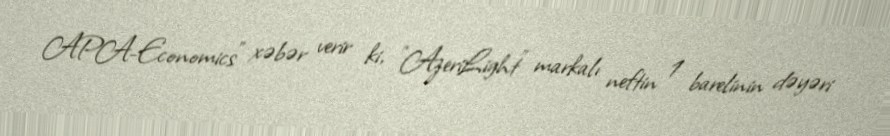
APA-Economics" xəbər verir ki, "AzeriLight" markalı neftin 1 barelinin dəyəri